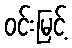
ဝင်းမြင့်